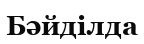
Бәйділда